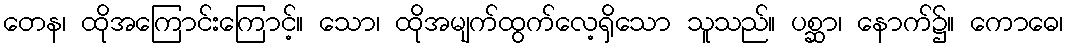
တေန၊ ထိုအကြောင်းကြောင့်။ သော၊ ထိုအမျက်ထွက်လေ့ရှိသော သူသည်။ ပစ္ဆာ၊ နောက်၌။ ကောဓေ၊